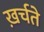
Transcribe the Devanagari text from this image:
ख़र्चते